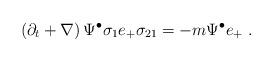
LaTeX: \begin{align*}\left( \partial_t + \nabla \right) \Psi^{\bullet} \sigma_{1} e_+ \sigma_{21}= - m \Psi^{\bullet} e_+~.\end{align*}